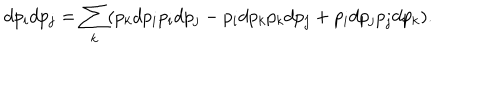
d p _ { i } d p _ { j } = \sum _ { k } ( p _ { k } d p _ { i } p _ { i } d p _ { j } - p _ { i } d p _ { k } p _ { k } d p _ { j } + p _ { i } d p _ { j } p _ { j } d p _ { k } ) .